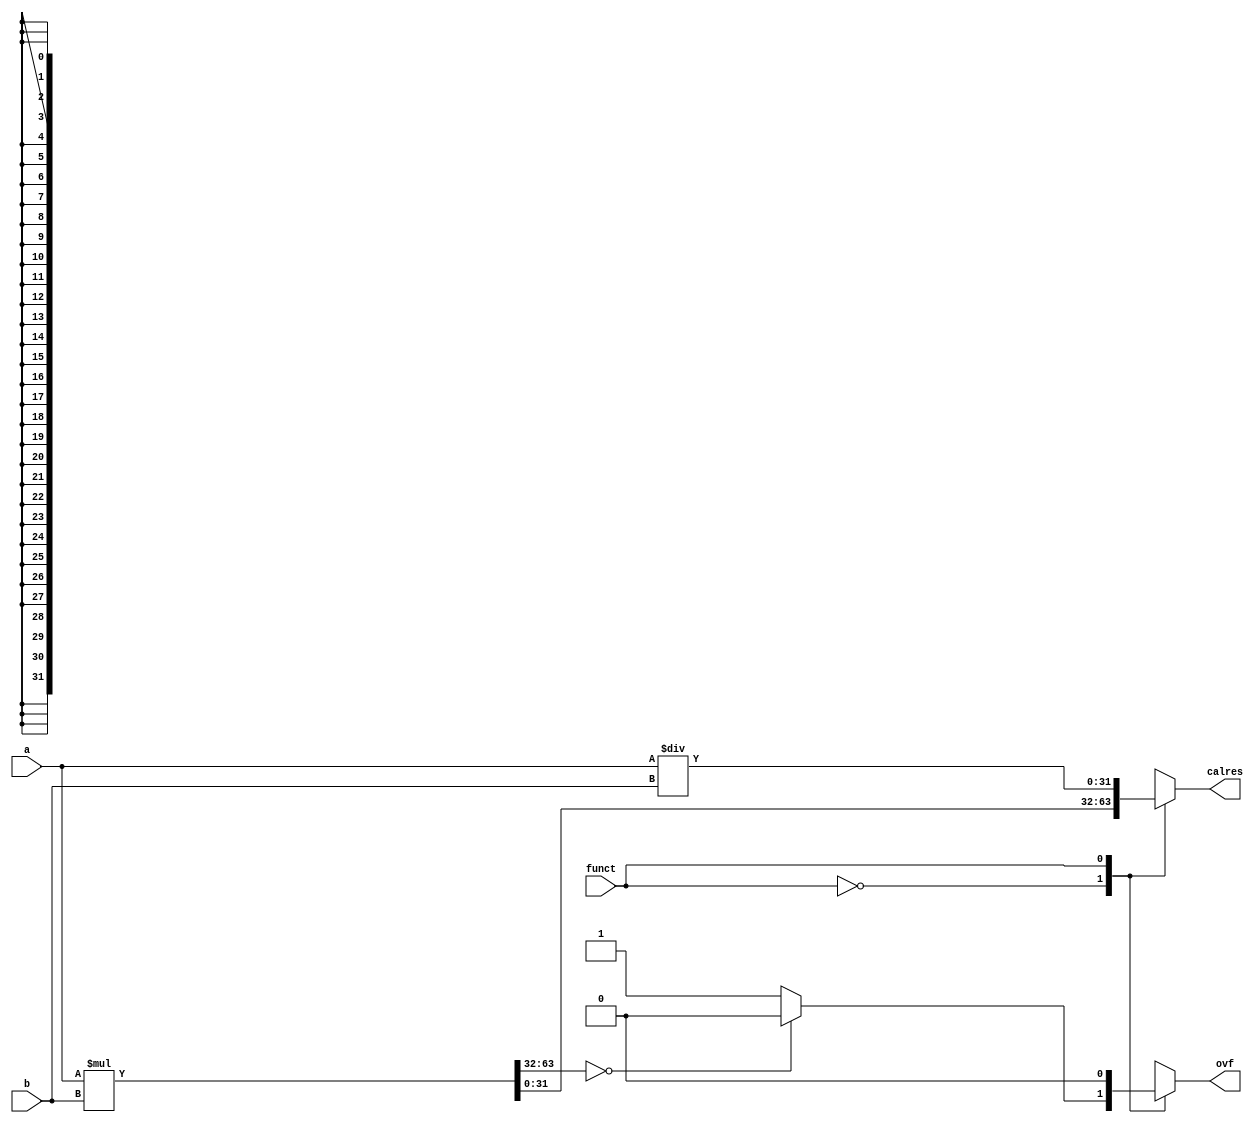
`timescale 1ns / 1ps
//////////////////////////////////////////////////////////////////////////////////
// Company: 
// Engineer: 
// 
// Design Name: 
// Module Name: calc
// Project Name: 
// Target Devices: 
// Tool Versions: 
// Description: 
// 
// Dependencies: 
// 
// Revision:
// Revision 0.01 - File Created
// Additional Comments:
// 
//////////////////////////////////////////////////////////////////////////////////
module calc(input[31:0]a,b,input funct,output reg[31:0]calres,output reg ovf);
reg [31:0]cal;
always@(*)
    begin
    case(funct)
    1'b0:
        begin
        {cal,calres}=a*b;
        if(cal==32'd0) ovf=0;
        else ovf=1;
        end
    1'b1:
       begin
       calres=a/b;
       ovf=0;
       end
    endcase
    end
endmodule